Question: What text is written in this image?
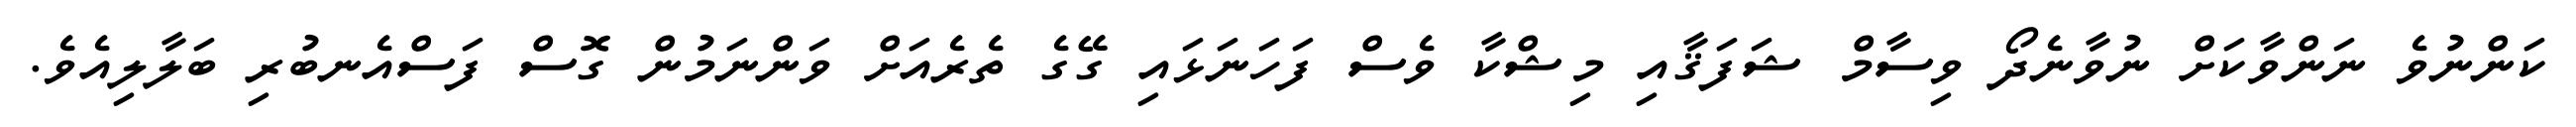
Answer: ކަންނުވެ ނަންވާކަށް ނުވާނެދޯ ވިސާމް ޝަފަޤާއި މިޝްކާ ވެސް ފަހަނަޅައި ގޭގެ ތެރެއަށް ވަންނަމުން ގޮސް ފަސްއެނބުރި ބަލާލިއެވެ.